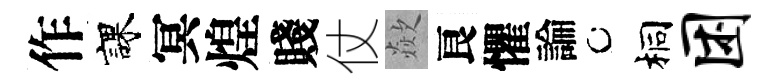
作課冥煌賤仗歘良懼論桐困